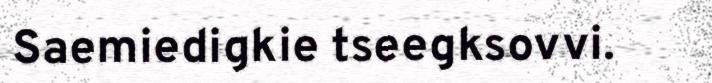
Saemiedigkie tseegksovvi.